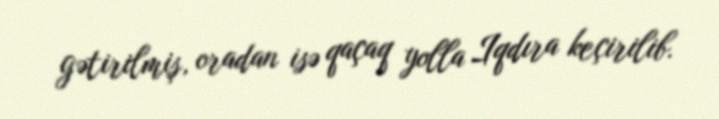
gətirilmiş, oradan isə qaçaq yolla Iqdıra keçirilib.